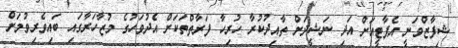
ޝިފާޒްވަނީ އެޕާޓީއަށް އަދި ނަޝީދަށް ތާއިދުކުރާ ހުރިހާ ފަރާތްތަކަށް އެދުވަހުގެ މުޒާހަރާގައި ބައިވެރިވުމަށް